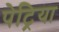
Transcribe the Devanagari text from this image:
पेट्रिया